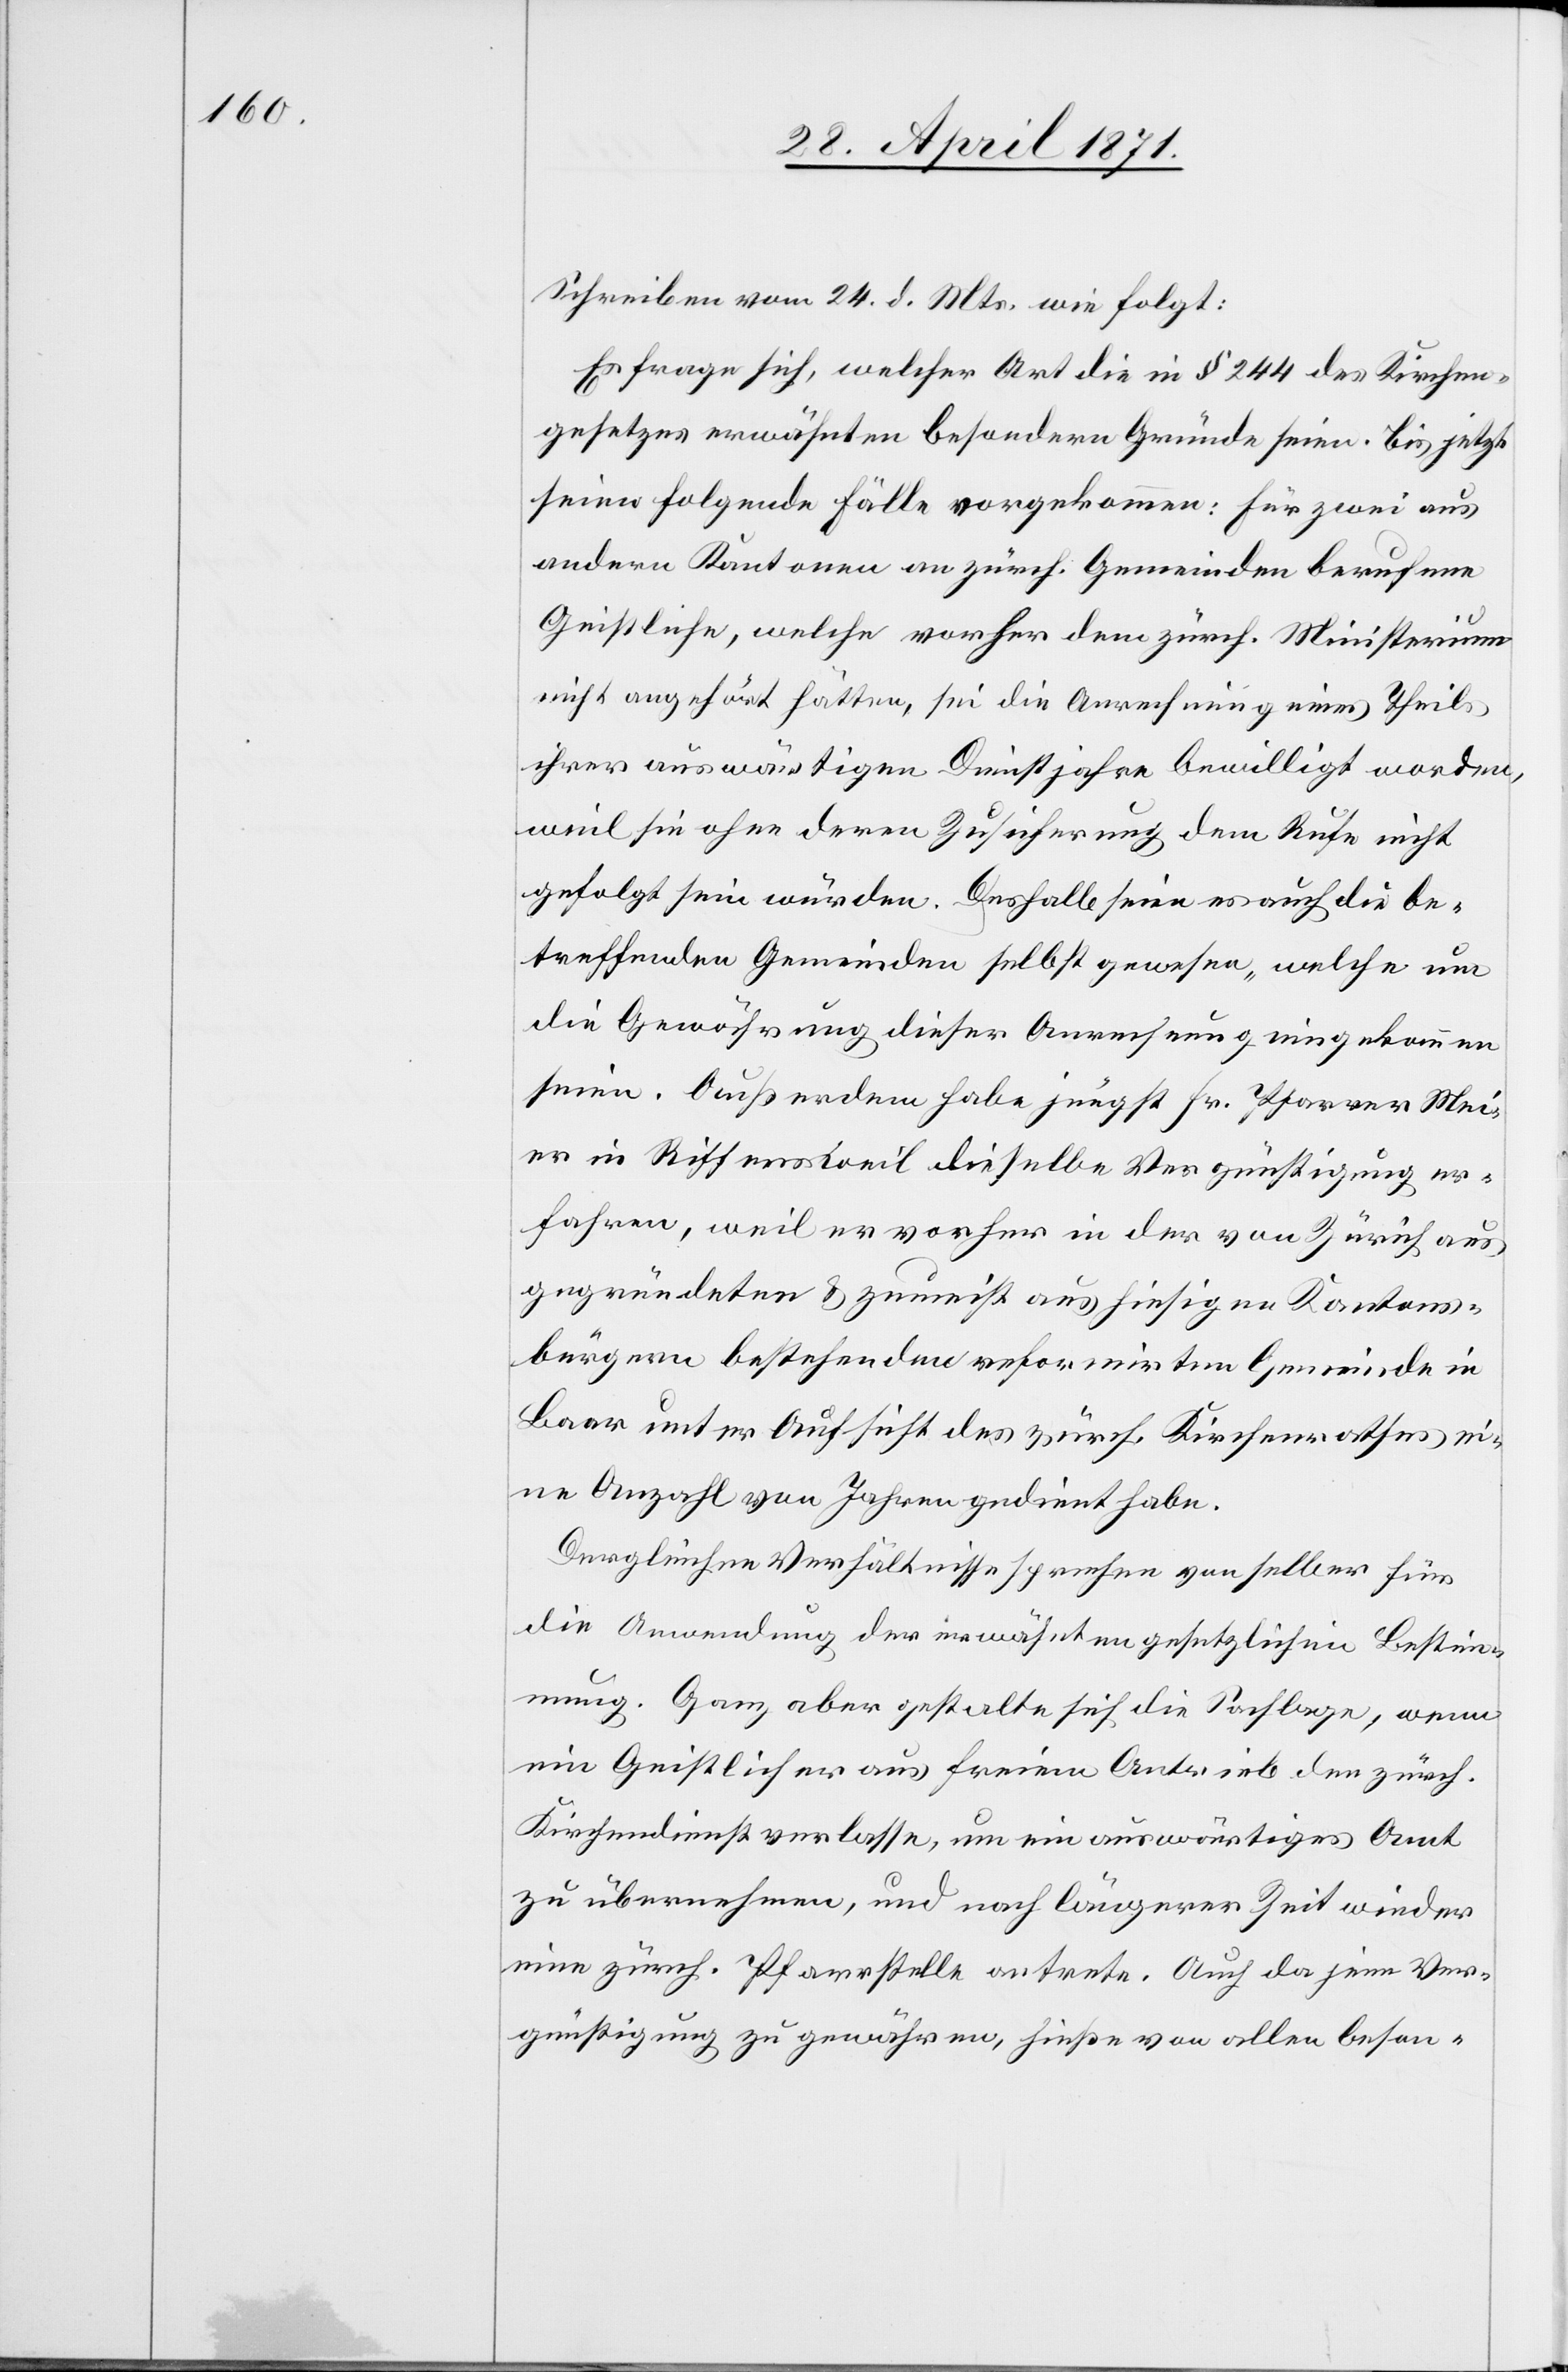
Schreiben vom 24. d. Mts. wie folgt:
Es frage sich, welcher Art die in § 244 des Kirchen¬
gesetzes erwähnten besondern Gründe seien. Bis jetzt
seien folgende Fälle vorgekommen: für zwei aus
andern Kantonen an zürch. Gemeinden berufene
Geistliche, welche vorher dem zürch. Ministerium
nicht angehört hätten, sei die Anrechnung eines Theils
ihrer auswärtigen Dienstjahre bewilligt worden,
weil sie ohne deren Zusicherung dem Rufe nicht
gefolgt sein würden. Deshalb seien es auch die be¬
treffenden Gemeinden selbst gewesen, welche um
die Gewährung dieser Anrechnung eingekommen
seien. Außerdem habe jüngst Hr. Pfarrer Mei¬
er in Riffersweil dieselbe Vergünstigung er¬
fahren, weil er vorher in der von Zürich aus
gegründeten u. zumeist aus hiesigen Kantons¬
bürgern bestehenden reformirten Gemeinde in
Baar unter Aufsicht des zürch. Kirchenrathes ei¬
ne Anzahl von Jahre gedient habe.
Dergleichen Verhältnisse sprechen von selber für
die Anwendung der erwähnten gesetzlichen Bestim¬
mung. Ganz aber gestalte sich die Sachlage
ein Geistlicher aus freiem Antrieb den zürch.
Kirchendienst verlasse, um ein auswärtiges Amt
zu übernehmen, und nach längerer Zeit wieder
eine zürch. Pfarrstelle antrete. Auch da jene Ver¬
günstigung zu gewähren, hieße von allen beson-